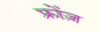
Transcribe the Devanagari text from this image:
फ्रोंज़